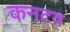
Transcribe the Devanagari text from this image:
कनटव